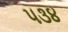
૫૩૪